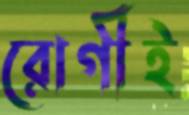
রোগীই